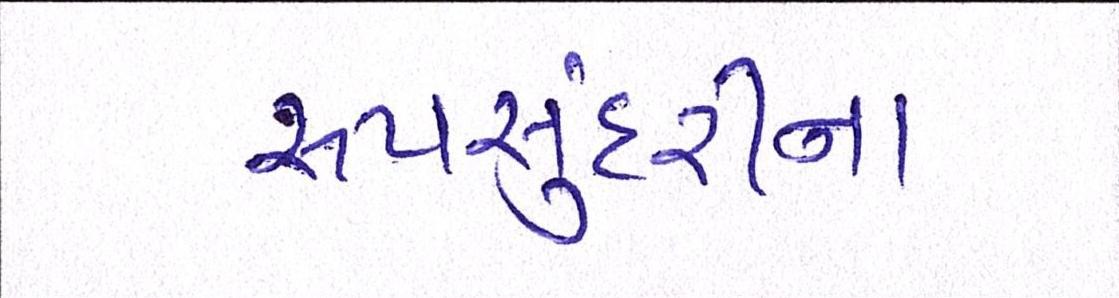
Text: રૂપસુંદરીના